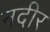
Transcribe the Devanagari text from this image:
नदीर